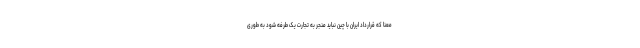
معنا که قرارداد ایران با چین نباید منجر به تجارت یک طرفه شود به طوری